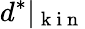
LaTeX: d^{*}\vert_{\mathrm{~k~i~n~}}